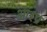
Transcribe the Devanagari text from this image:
आरप